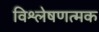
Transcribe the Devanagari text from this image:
विश्लेषणत्मक